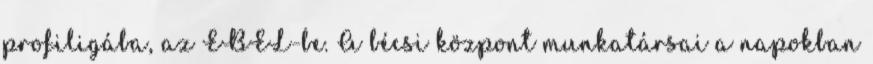
profiligába, az EBEL-be. A bécsi központ munkatársai a napokban